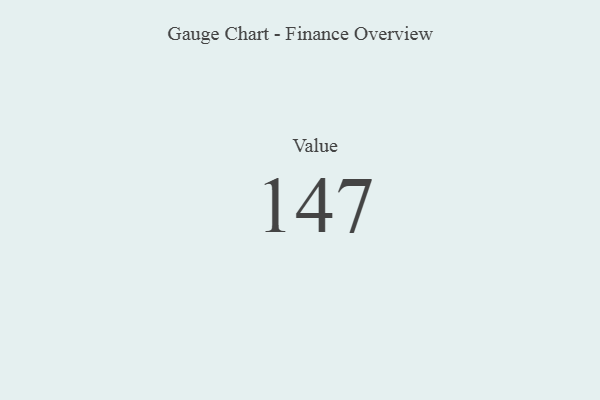
{"axis": {"x": "Metric", "y": "Value"}, "legend": [""], "data": [{"x": "Value", "y": 147, "type": ""}]}